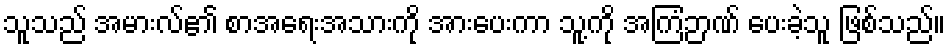
သူသည် အမားလ်၏ စာအရေးအသားကို အားပေးကာ သူ့ကို အကြံဉာဏ် ပေးခဲ့သူ ဖြစ်သည်။